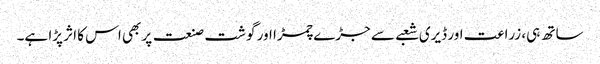
ساتھ ہی، زراعت اور ڈیری شعبے سے جڑے چمڑا اور گوشت صنعت پر بھی اس کا اثر پڑا ہے۔